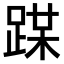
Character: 𨂏